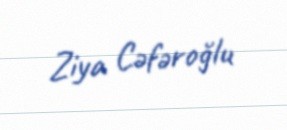
Ziya Cəfəroğlu